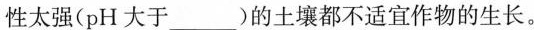
性太强(pH大于___)的土壤都不适宜作物的生长。